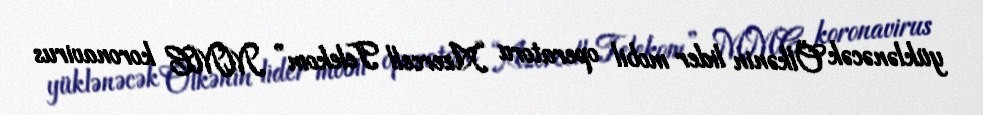
yüklənəcək Ölkənin lider mobil operatoru “Azercell Telekom” MMC koronavirus